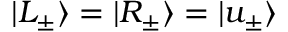
| L _ { \pm } \rangle = | R _ { \pm } \rangle = | u _ { \pm } \rangle